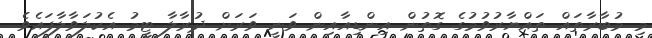
މި މުބާރާތައް ތައްޔާރުވުމުގެ ގޮތުން އިންޑިއާއިން ވަނީ ވަރަށް ދުރާލާ ޓީމު އެކުލަވާލާފައެވެ.